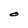
Character: O